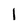
Character: l